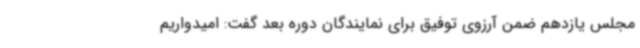
مجلس یازدهم ضمن آرزوی توفیق برای نمایندگان دوره بعد گفت: امیدواریم